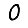
Digit: 0